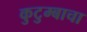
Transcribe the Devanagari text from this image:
कुटुम्बाचा